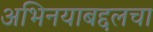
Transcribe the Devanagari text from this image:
अभिनयाबद्दलचा